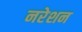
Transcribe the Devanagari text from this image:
नरेशन